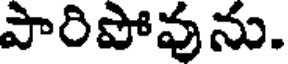
పారిపోవును.